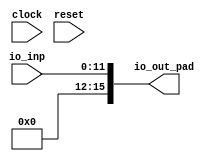
module Test3(
  input         clock,
  input         reset,
  input  [11:0] io_inp,
  output [15:0] io_out_pad
);
  assign io_out_pad = {{4'd0}, io_inp}; // @[Test3.scala 18:14]
endmodule